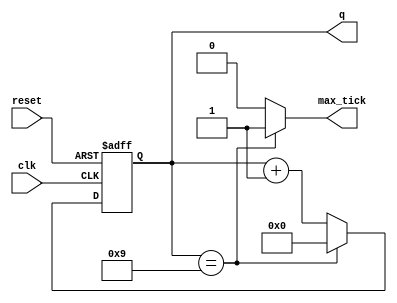
`timescale 1ns / 1ps
//////////////////////////////////////////////////////////////////////////////////
// Company:        Tronlong
// 
// Design Name:    uart_test
// Module Name:    mode_m_counter 
// Project Name:   uart_test
// Target Devices: xa7a100tfgg484-2I
// Tool versions:  vivado 2015.2
// Description:    M
//
// Dependencies: 
//
// Revision: 
// Revision 0.01 - File Created
// Additional Comments: 
//
//////////////////////////////////////////////////////////////////////////////////
module mode_m_counter
#(
	parameter N=4, //
				 M=10 //10
)
(
	input wire clk, reset,
	output wire max_tick,
	output wire [N-1:0]q
);

//
reg  [N-1:0]r_reg;
wire  [N-1:0]r_next;
//
//
always@(posedge clk,negedge reset)
	if(!reset)
		r_reg<=0;
	else
		r_reg<=r_next;
//
assign r_next = (r_reg==(M-1))?1'b0:r_reg+1'b1;

//
assign q = r_reg;
assign max_tick = (r_reg==(M-1))?1'b1:1'b0;
endmodule